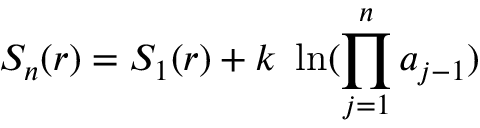
S _ { n } ( r ) = S _ { 1 } ( r ) + k \ \ln ( { \prod _ { j = 1 } ^ { n } a _ { j - 1 } } )